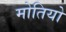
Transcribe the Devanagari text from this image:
मोतियो